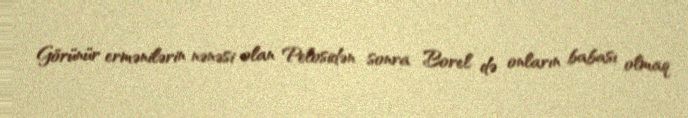
Görünür ermənilərin nənəsi olan Pelosidən sonra Borel də onların babası olmaq